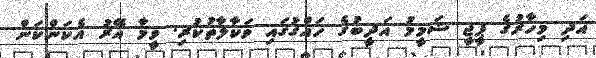
އަދި މިހާރުގެ ޕީޖީ ޝަމީމު އަދީބުގެ ހައްގުގައި ވަކާލާތުކުރި. ޥީމާ އޭރު އެކަންކަން